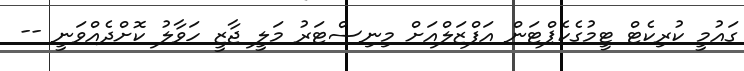
ގައުމީ ކުރިކެޓް ޓީމުގެކެޕްޓަން އަފްޒަލްއަށް މިނިސްޓަރު މަލީ ޖާޒީ ހަވާލު ކޮށްދެއްވަނީ --